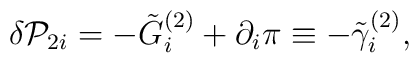
\delta {\cal P}_{2i}=-\tilde G_i^{(2)}+\partial _i\pi \equiv-\tilde \gamma _i^{(2)},